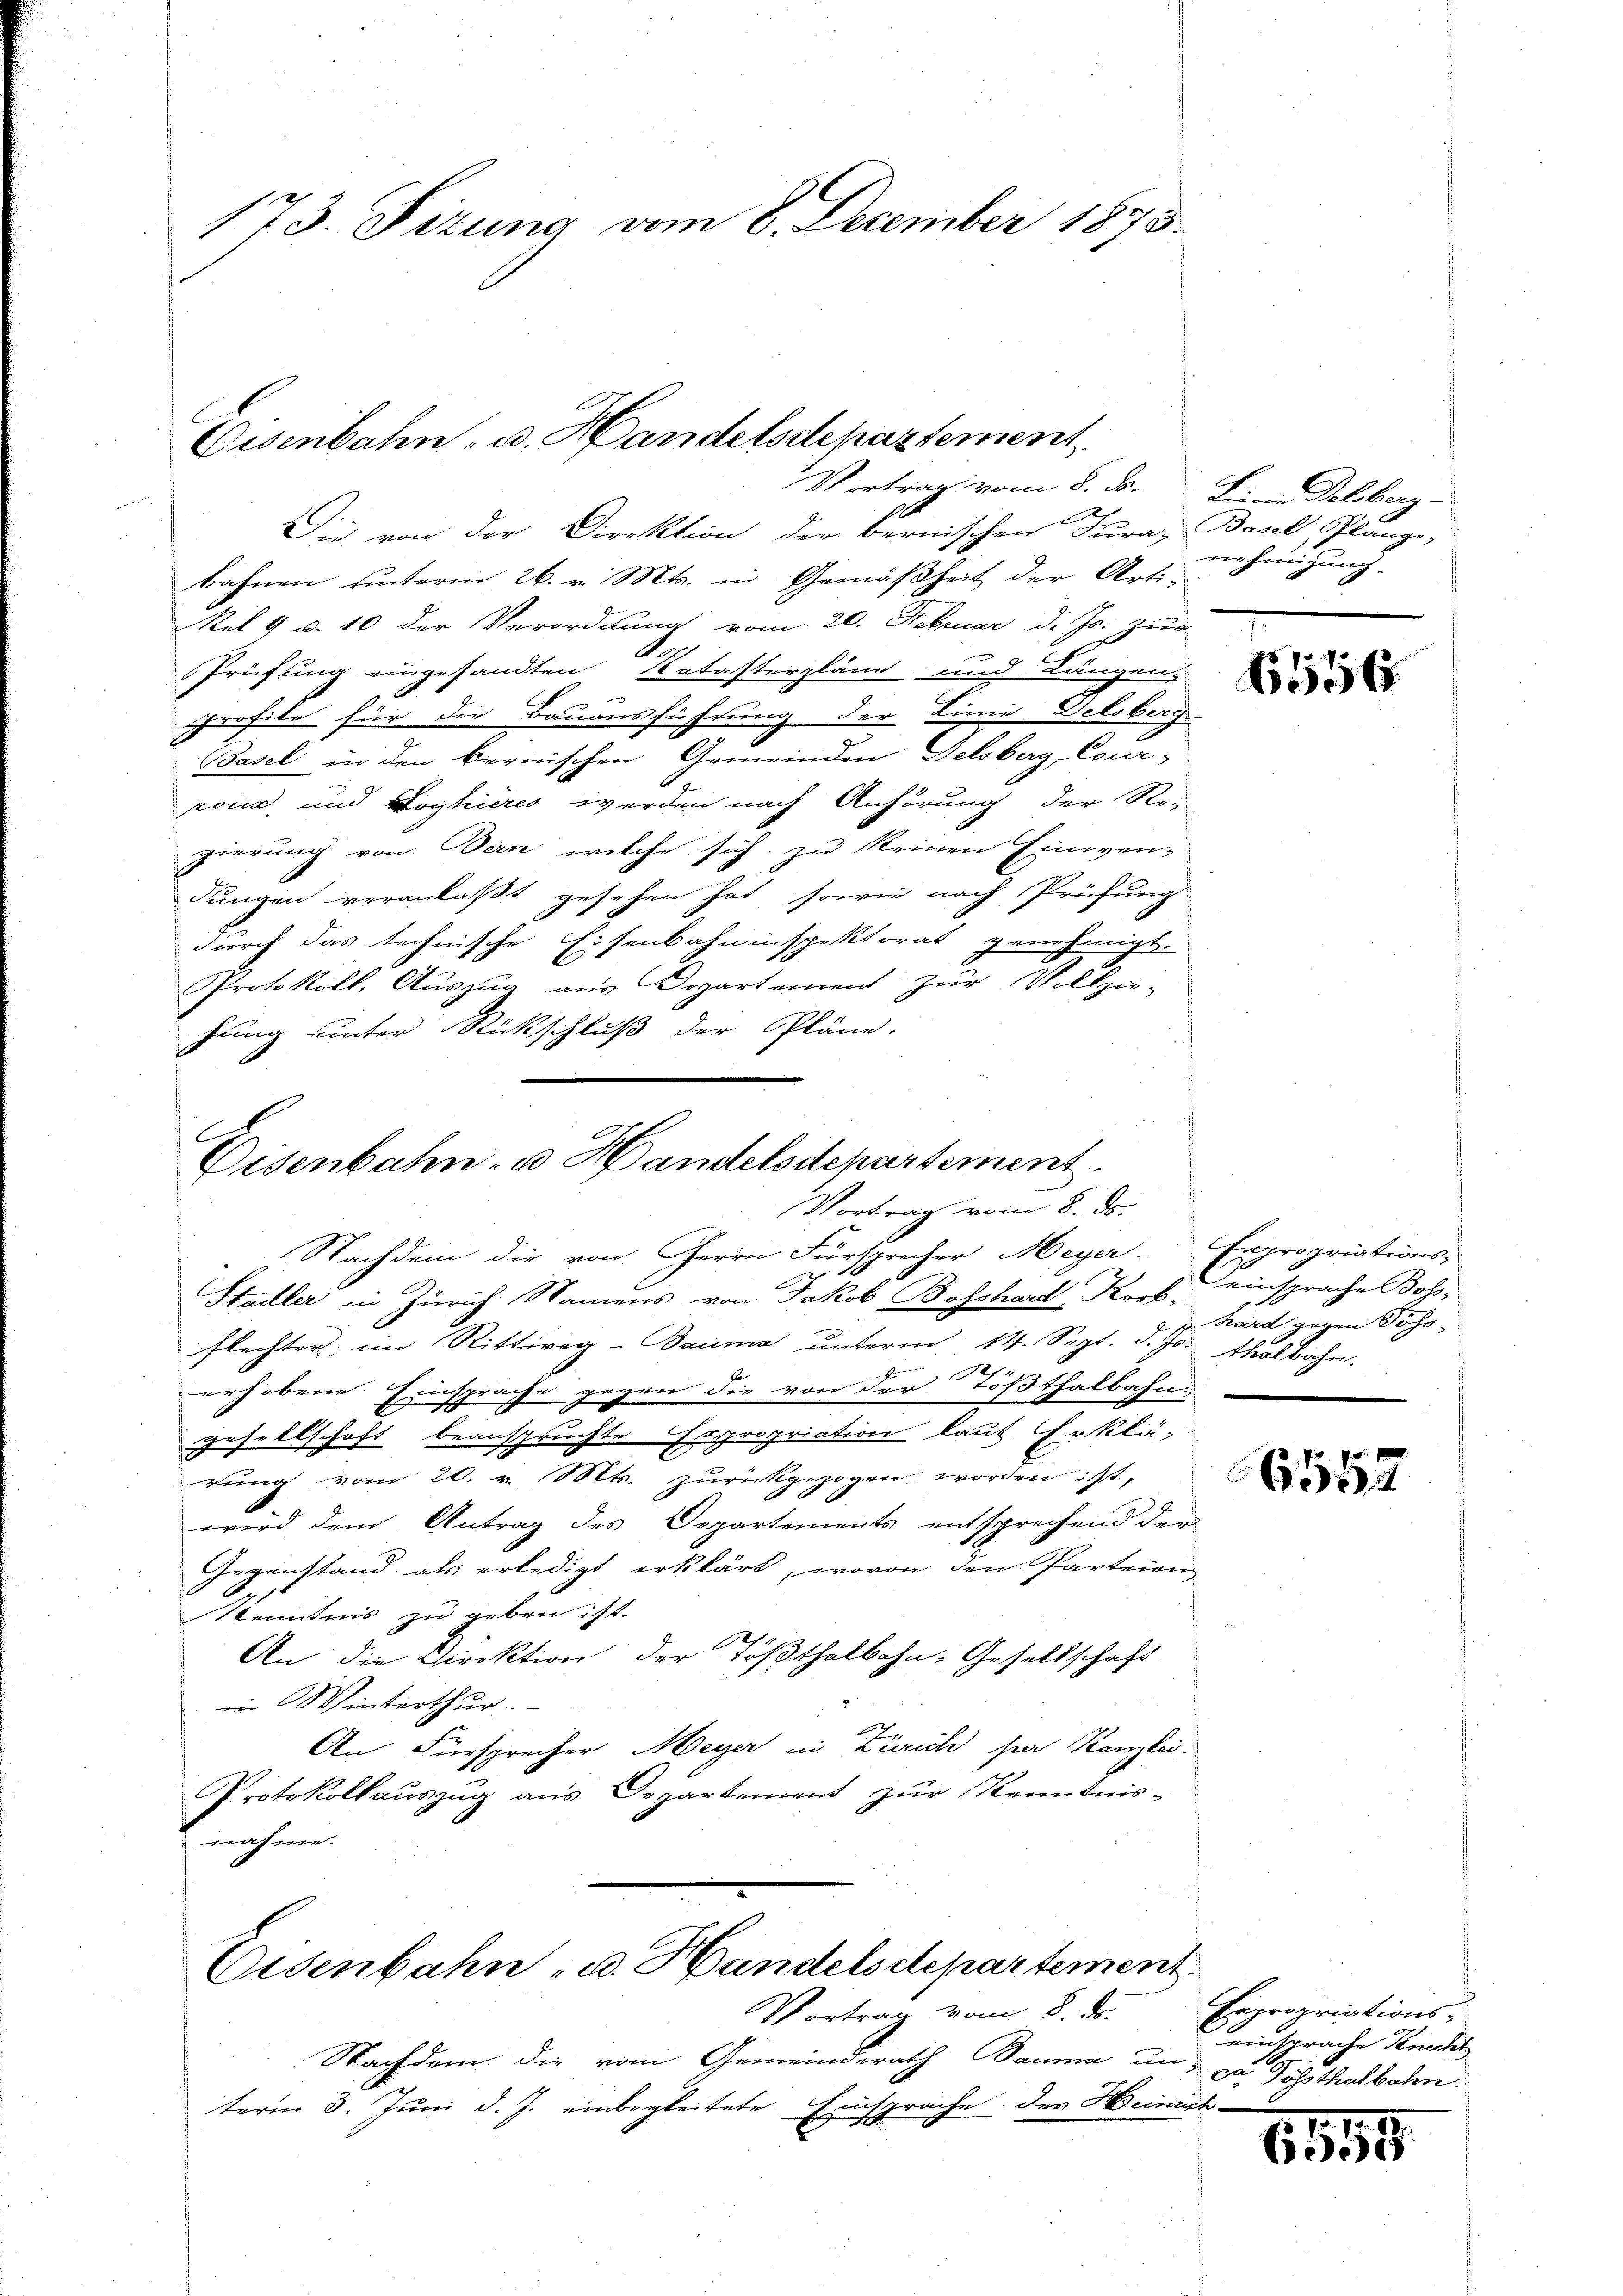
173. Sizung vom 8. Dezember 1873.

Eisenbahn- u. Handelsdepartement
Vortrag vom 8. ds. Sinne Delsberg-

Die von der Direktion der bernischen Jura, Basel, Plange-
bahnen unterm 26. v. Mts. in Gemäßheit der Arti-
Rel 9 u. 10 der Verordnung vom 20. Februar d. Js. zur
.
Prüfung eingesandten Katasterpläne und Längen-
profite für die Bauausführung der Linie Delsberg
Basel in den bernischen Gemeinden Delsberg, Cour-
rona und Loyhieres werden nach Anhörung der Re-
gierung von Bern, welche sich zu keinen Einwendungen veranlaßt gesehen hat, sowie nach Prüfung
durch das technische Eisenbahninspektorat genehmigt.
Protokoll. Aŭszŭg aŭs Departement zŭr Vollzie-
fung unter Rückschluß der Pläne.

Disenbahn- u. Handelsdepartement.
Vortrag vom 8. ds.

Nachdem die von Herrn Fürsprecher Meyer-Expropriations-
7
Stadler in Zürich. Namens von Jakob Bosshard Korb, einsprache Boss-
flechter; im Rittweg-Bauma unterm 14. Sept. d. Js. halbahn.
sprache gegen die von der Tößthalbahn;
erhobene
u
d
gesellschaft beanspruchte Expropriation laut Erklä-
rŭng vom 20. v. Mts. zŭrückgezogen worden ist,
wird dem Antrag des Dopartements entsprechend der
Gegenstand als erledigt erklärt, wovon den Parteien
Kenntnis zu geben ist.
An die Direktion der Tößthalbahn-Gesellschaft
in Winterthur.
An Fürsprecher Meyer in Zürich hier Kanzlei-
Protokollauszug aus Departement zur Kenntnisnahme.

Eisenbahn u. Handelsdepartement.
Vortrag vom 8. ds.

nehmigung.

Nachdem die vom Gemeindsrath Bauma und zu Gasthalbahn.
term 3. Juni d. J. einbegleitete Einsprache des Heinich

N 556

hard gegen Söss-

f 5 x
6534

Expropriations-
einsprache Knecht

.
6555